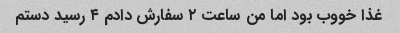
غذا خووب بود اما من ساعت ۲ سفارش دادم ۴ رسید دستم